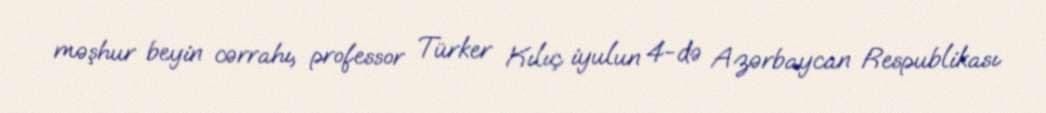
məşhur beyin cərrahı, professor Türker Kılıç iyulun 4-də Azərbaycan Respublikası